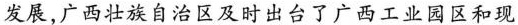
发展，广西壮族自治区及时出台了广西工业园区和现